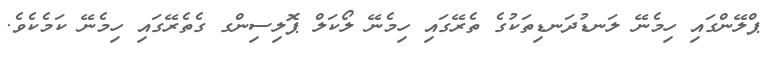
ޕްލޭންގައި ހިމެނޭ ލަނޑުދަނޑިތަކުގެ ތެރޭގައި ހިމެނޭ ލޯކަލް ޕޮލިސިންގ ގެތެރޭގައި ހިމެނޭ ކަމެކެވެ.